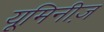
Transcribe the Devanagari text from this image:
यूमिनीज़